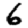
Digit: 6